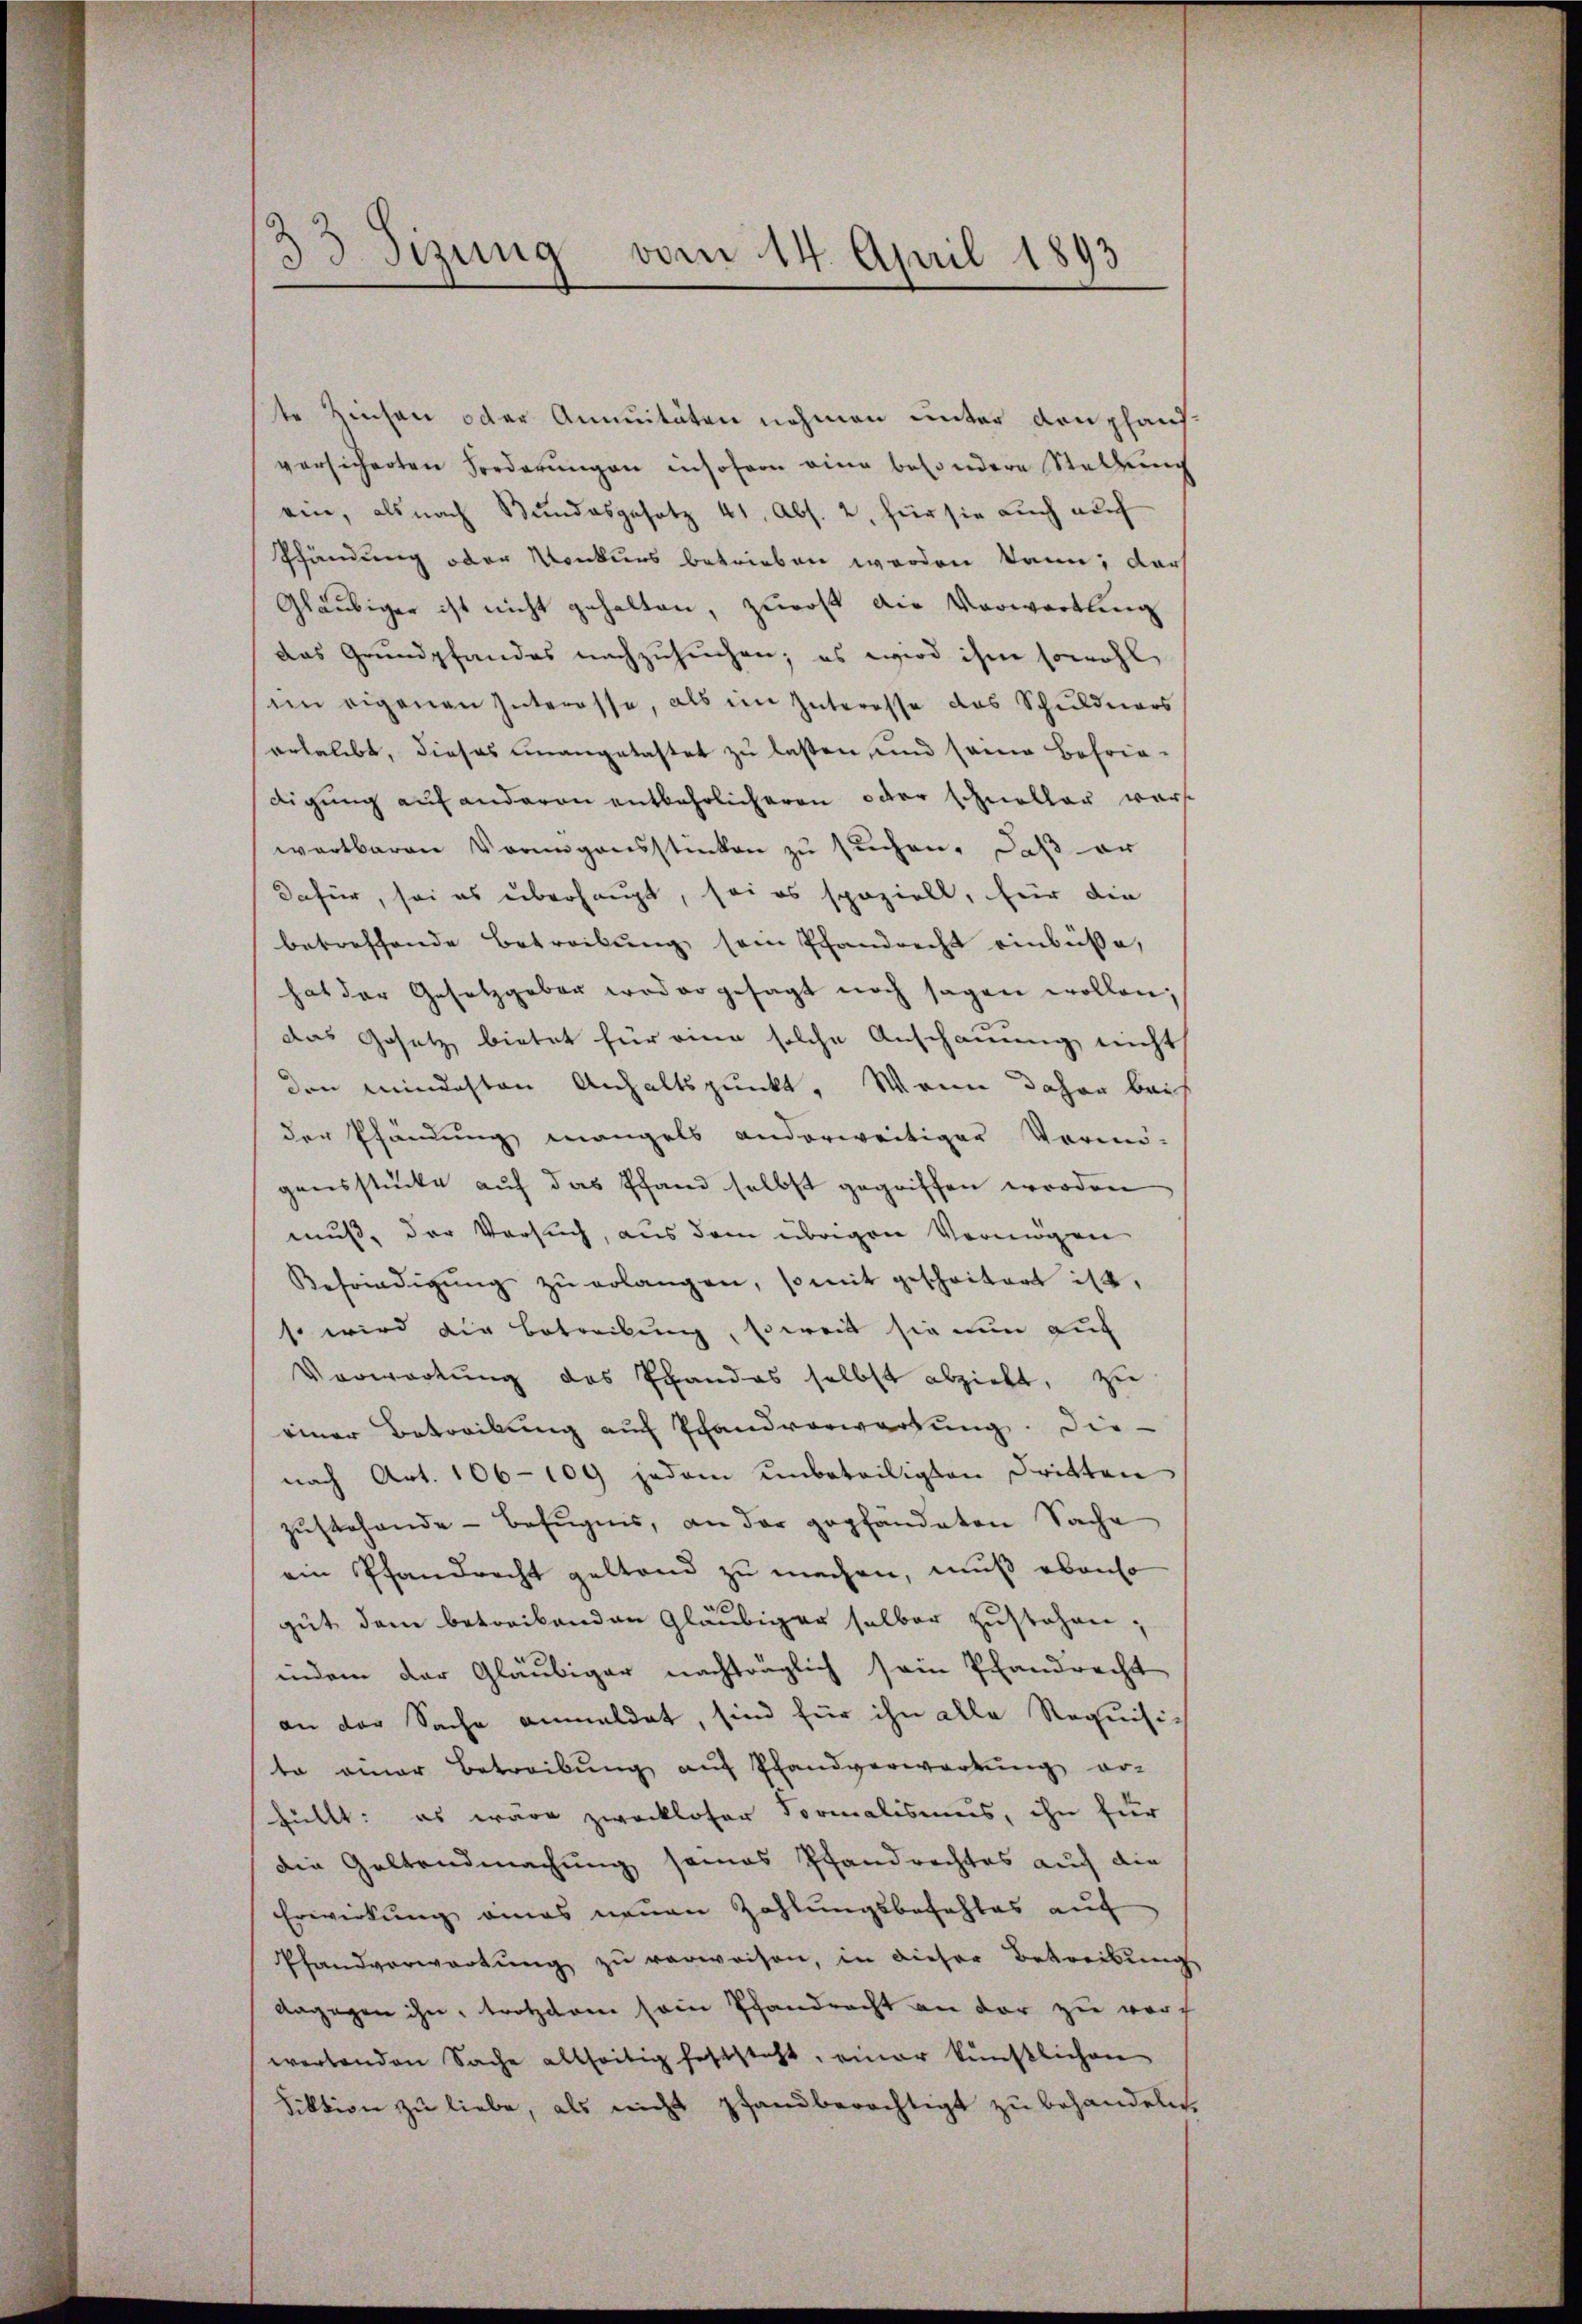
3
33 Sizung vom 14. April 1890

te Zinsen oder Annuitäten nehmen unter den phantversicherten Forderungen insofern eine besondere Stellung
eie, als nach Bundesgesetz 41, Abs. 2, für sie auch auch
Pfändung oder Konkurs betrieben worden kann; darf
Gläubiger ist nicht gehalten, zurost die Vorwartung
das Grundpfandes nachzusuchen; es wird ihm sowohl
im eigenen Interesse, als im Interesse das Schuldners
erhalbt, dieses unangelastet zu lassen, und seine Befriedigung auf anderen entbehrlicheren oder schneller warst
wertbaren Vormigensstücken zŭ sŭchen. Daß er
dafür, sei es überhaupt, sei es spaziell, für die
betreffende Betreibung sein Pfandrecht einbüße,
hat der Gesetzgeber weder gesagt noch sagen wollen;
das Gesetz bietet für eine solche Anschauung nicht
den mindesten Anhaltspunkt. Wenn daher bei
der Pfändung mangels anderweitiger Vormi-
gensstücke auf das Pfand selbst gegriffen worden
muß, der Versuch, aus dem übrigen Vermögen
Befriedigŭng zŭ erlangen, so mit geschritert ist.
s wird die Betreibung, soweit sie nun auf
Verwartung des Pfandas selbst abzieht, zu
einer Betreibung auf Pfandvorwartung. Die
nach Art. 106-109 jedem unbeteiligten Dritten
zustehende Befugnis, an der gepfändeten Sache
ein Pfandrecht geltend zu machen, muß ebenso
e
gut dem betreibenden Gläubiger selber zustehen;
indem der Gläubiger nachträglich sein Pfandrecht
an der Sache anmeldet, sind für ihn alle Requisi-
to einer Betreibung auf Pfandverwartung erfüllt: es wäre zweckloser Formalismus, ihn für
die Geltendmachung seines Pfandrechtes auch die
Erwirkung eines neuen Zahlungsbefehles auf
Pfandverwartŭng zŭ verweisen, in dieser Betreibŭng
dagegen ihn, trotzdem sein Pfandrecht an der zu vor
wertenden Sache allseitig feststeht, einer künstlichen
Fiktion zu liebe, als nicht pfandberechtigt zu behandeln.